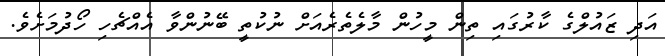
އަދި ޒައުލްގެ ކާރުގައި ތިން މީހުން މާލެތެރެއަށް ނުކުތީ ބޭނުންވާ އެއްޗެހި ހޯދުމަށެވެ.